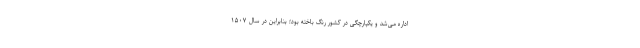
اداره می‌شد و یکپارچگی در کشور رنگ باخته بود؛ بنابراین در سال ۱۵۰۷